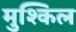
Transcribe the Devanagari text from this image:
मुश्‍किल